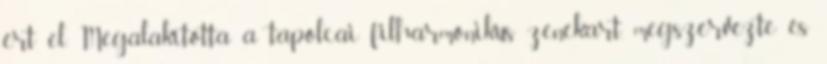
ért el. Megalakította a tapolcai filharmonikus zenekart, megszervezte és